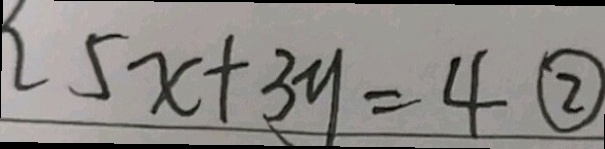
5 x + 3 y = 4 \textcircled { 2 }